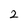
Character: 2